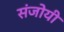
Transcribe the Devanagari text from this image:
संजोयी